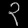
Digit: ၃